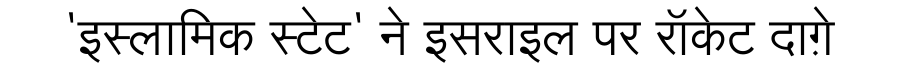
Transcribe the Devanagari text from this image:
'इस्लामिक स्टेट' ने इसराइल पर रॉकेट दाग़े